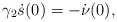
\begin{align*}\gamma_2\dot s(0) = -\dot{ \nu} (0),\end{align*}